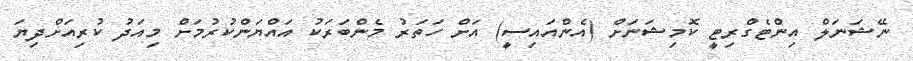
ނޭޝަނަލް އިންޓެގްރިޓީ ކޮމިޝަނަށް (އެންއައިސީ) އަށް ހަތަރު މެންބަރަކު އައްޔަންކުރުމަށް މިއަދު ކުރިއަށްދިޔަ